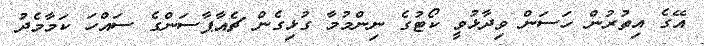
އޭގެ އިތުރުން ހަސަން ވިދާޅުވީ ކޯޓުގެ ނިންމުމާ ގުޅިގެން ޗެއާޕާސަންގެ ސައްހަ ކަމާމެދު